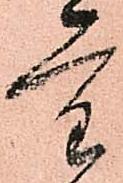
重